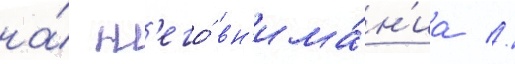
на́ н'его́ вн'има́н'иа //